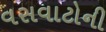
વસવાટોની